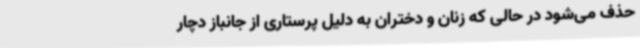
حذف می‌شود در حالی که زنان و دختران به دلیل پرستاری از جانباز دچار